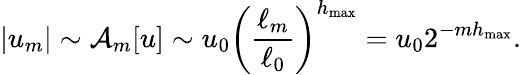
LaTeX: |u_{m}|\sim\mathcal{A}_{m}[u]\sim u_{0}\left(\frac{\ell_{m}}{\ell_{0}}\right)^{h_{\operatorname*{max}}}=u_{0}2^{-mh_{\operatorname*{max}}}.